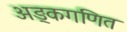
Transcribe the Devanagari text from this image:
अङ्कगणित